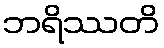
ဘရိဿတိ